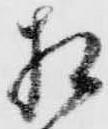
相